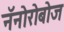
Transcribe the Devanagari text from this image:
नॅनोरोबोज